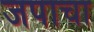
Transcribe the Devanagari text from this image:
जपाचा